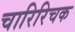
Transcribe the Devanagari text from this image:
चारिरिचक